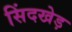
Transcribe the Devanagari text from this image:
सिंदखेड़